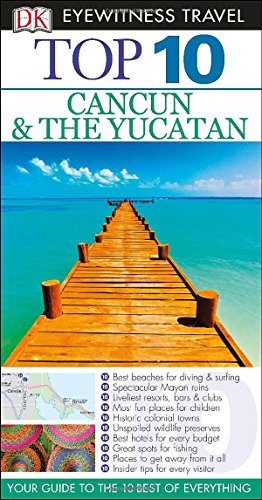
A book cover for Top 10 Cancun and Yucatan (Eyewitness Top 10 Travel Guide); Nick Rider; Travel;